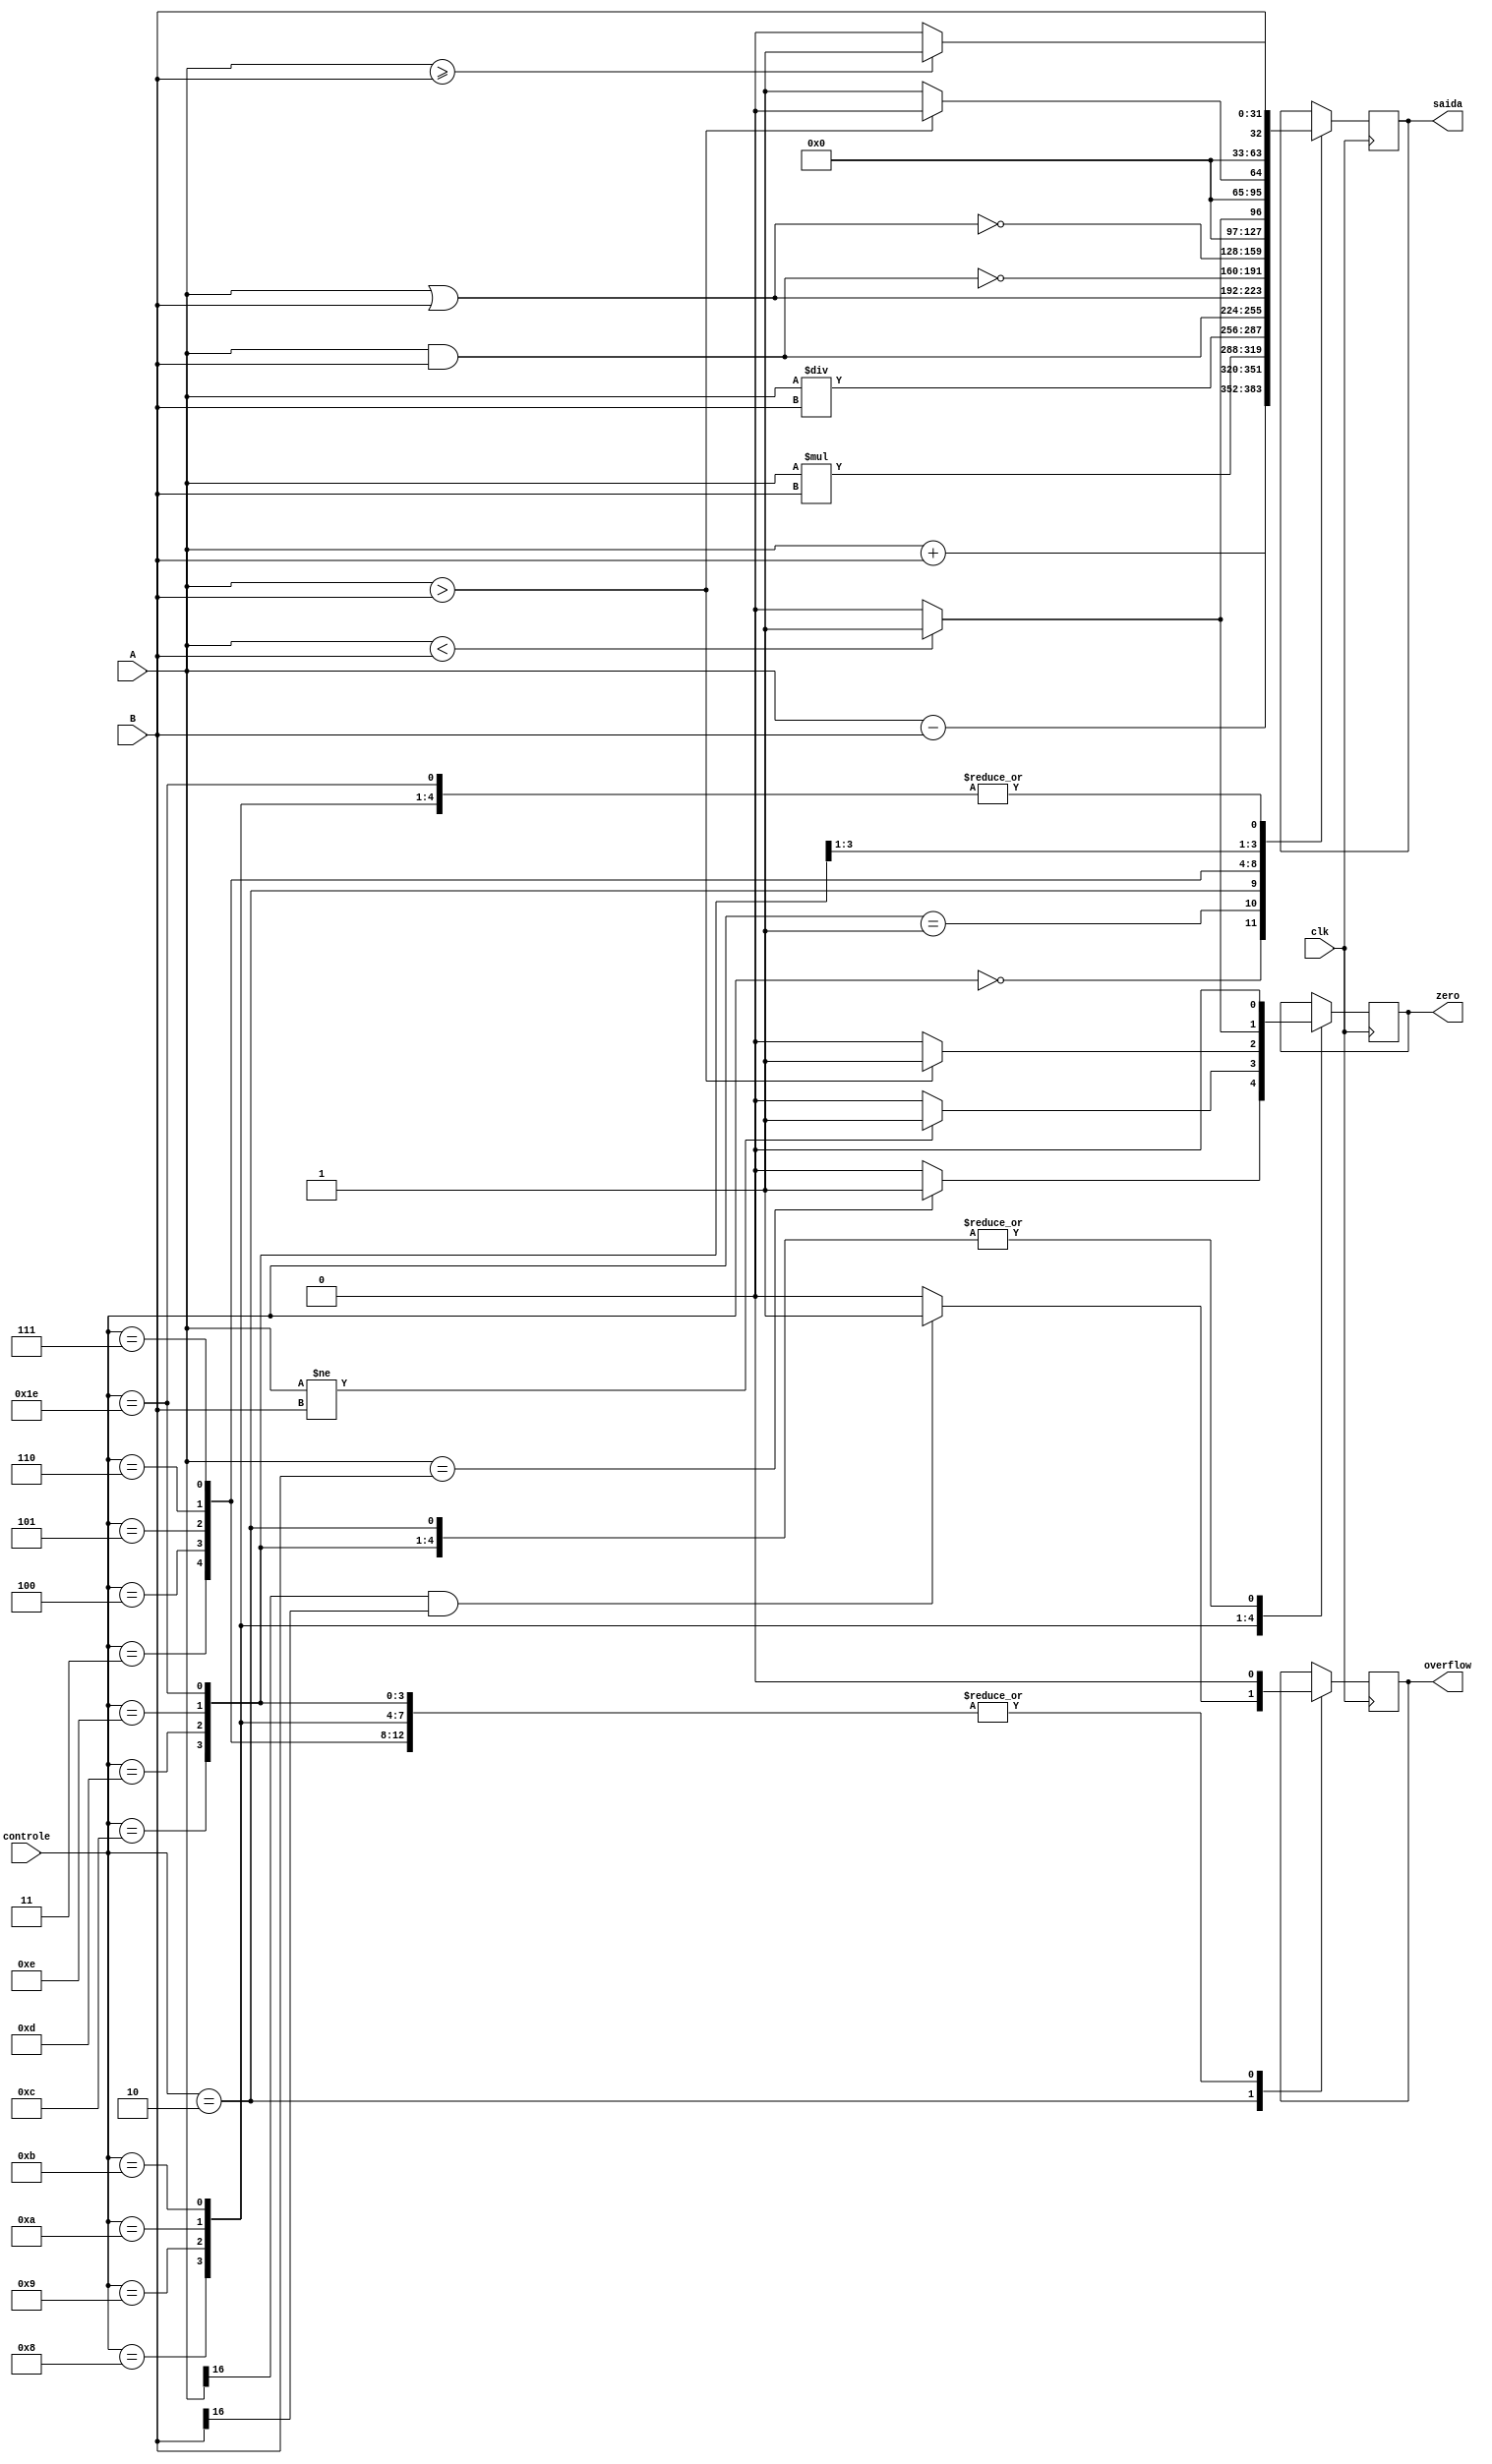
module ULA(A, B, clk, controle, saida, overflow, zero);
	
	input [4:0] controle;
	input [31:0] A, B;
	input clk;
	output reg [31:0]saida;
	output reg overflow, zero;
	
always @(posedge clk) begin
	
	case(controle)
		5'd0: begin//add
			saida = A + B;
			overflow = 1'b0;
			zero = 1'b0;
		end
		5'd1: begin//sub
			saida = A - B;
			overflow = 1'b0;
			zero = 1'b0;
		end
		5'd2: //mult
		begin
			if(A[16] == 1 && B[16] == 1)
				overflow = 1'b1;
			else
				overflow = 1'b0;
			zero = 1'b0;
			saida = A * B;
		end

		5'd3: begin //div
			saida = A / B;
			overflow = 1'b0;
			zero = 1'b0;
		end
		5'd4: begin //and
			saida = A & B;
			overflow = 1'b0;
			zero = 1'b0;
		end
		5'd5: begin //or
			saida = A | B;
			overflow = 1'b0;
			zero = 1'b0;
		end
		5'd6: begin //nand
			saida = ~(A & B);
			overflow = 1'b0;
			zero = 1'b0;
		end
		5'd7: begin //nor
			saida = ~(A | B);
			overflow = 1'b0;
			zero = 1'b0;
		end
		5'd8: //beq
		begin
			saida = B;	
			overflow = 1'b0;
			if( A == B)
				zero = 1'b1;
			else
				zero = 1'b0;
		end

		5'd9: begin//bne
			saida = B;
			overflow = 1'b0;
			if(A != B)
				zero = 1'b1;
			else
				zero = 1'b0;
		end

		5'd10: //bgt 
		begin
			saida = B;
			overflow = 1'b0;
			if(A > B) 
				zero =  1'b1;
			else
				zero = 1'b0;
		end
		
		5'd11: //blt
		begin
			if(A < B)
				zero = 1'b1;
			else
				zero = 1'b0;
			overflow = 1'b0;
			saida = B;
			end
			
		5'd12: //slt
		begin
			overflow = 1'b0;
			zero = 1'b0;
			if(A < B)
				saida = 1'b1;
			else
				saida = 1'b0;
		end

		5'd13: //sle
		begin
			overflow = 1'b0;
			zero = 1'b0;
			if(A > B)
				saida = 1'b0;
			else
				saida = 1'b1;
		end
		
		5'd14: //sge
		begin
			overflow = 1'b0;
			zero = 1'b0;
			if(A >= B)
				saida = 1'b1;
			else
				saida = 1'b0;
		end
			
		5'd30: begin
			zero = 1'b0;
			overflow = 1'b0;
			saida = B;
		end
		
		default: begin 
			saida = saida;
			overflow = overflow;
			zero = zero;
		end
		
	endcase
	
end
endmodule